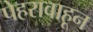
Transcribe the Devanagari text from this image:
पेहरावाहून